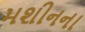
મશીનના